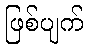
ဖြစ်ပျက်